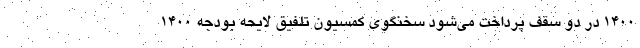
۱۴۰۰ در دو سقف پرداخت می‌شود سخنگوی کمسیون تلفیق لایحه بودجه ۱۴۰۰